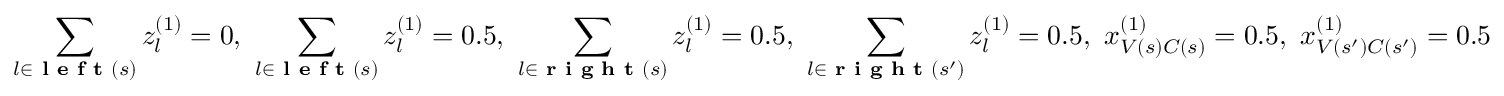
\sum _ { l \in \textbf { l e f t } ( s ) } z _ { l } ^ { ( 1 ) } = 0 , ~ \sum _ { l \in \textbf { l e f t } ( s ) } z _ { l } ^ { ( 1 ) } = 0 . 5 , ~ \sum _ { l \in \textbf { r i g h t } ( s ) } z _ { l } ^ { ( 1 ) } = 0 . 5 , ~ \sum _ { l \in \textbf { r i g h t } ( s ^ { \prime } ) } z _ { l } ^ { ( 1 ) } = 0 . 5 , ~ x _ { V ( s ) C ( s ) } ^ { ( 1 ) } = 0 . 5 , ~ x _ { V ( s ^ { \prime } ) C ( s ^ { \prime } ) } ^ { ( 1 ) } = 0 . 5